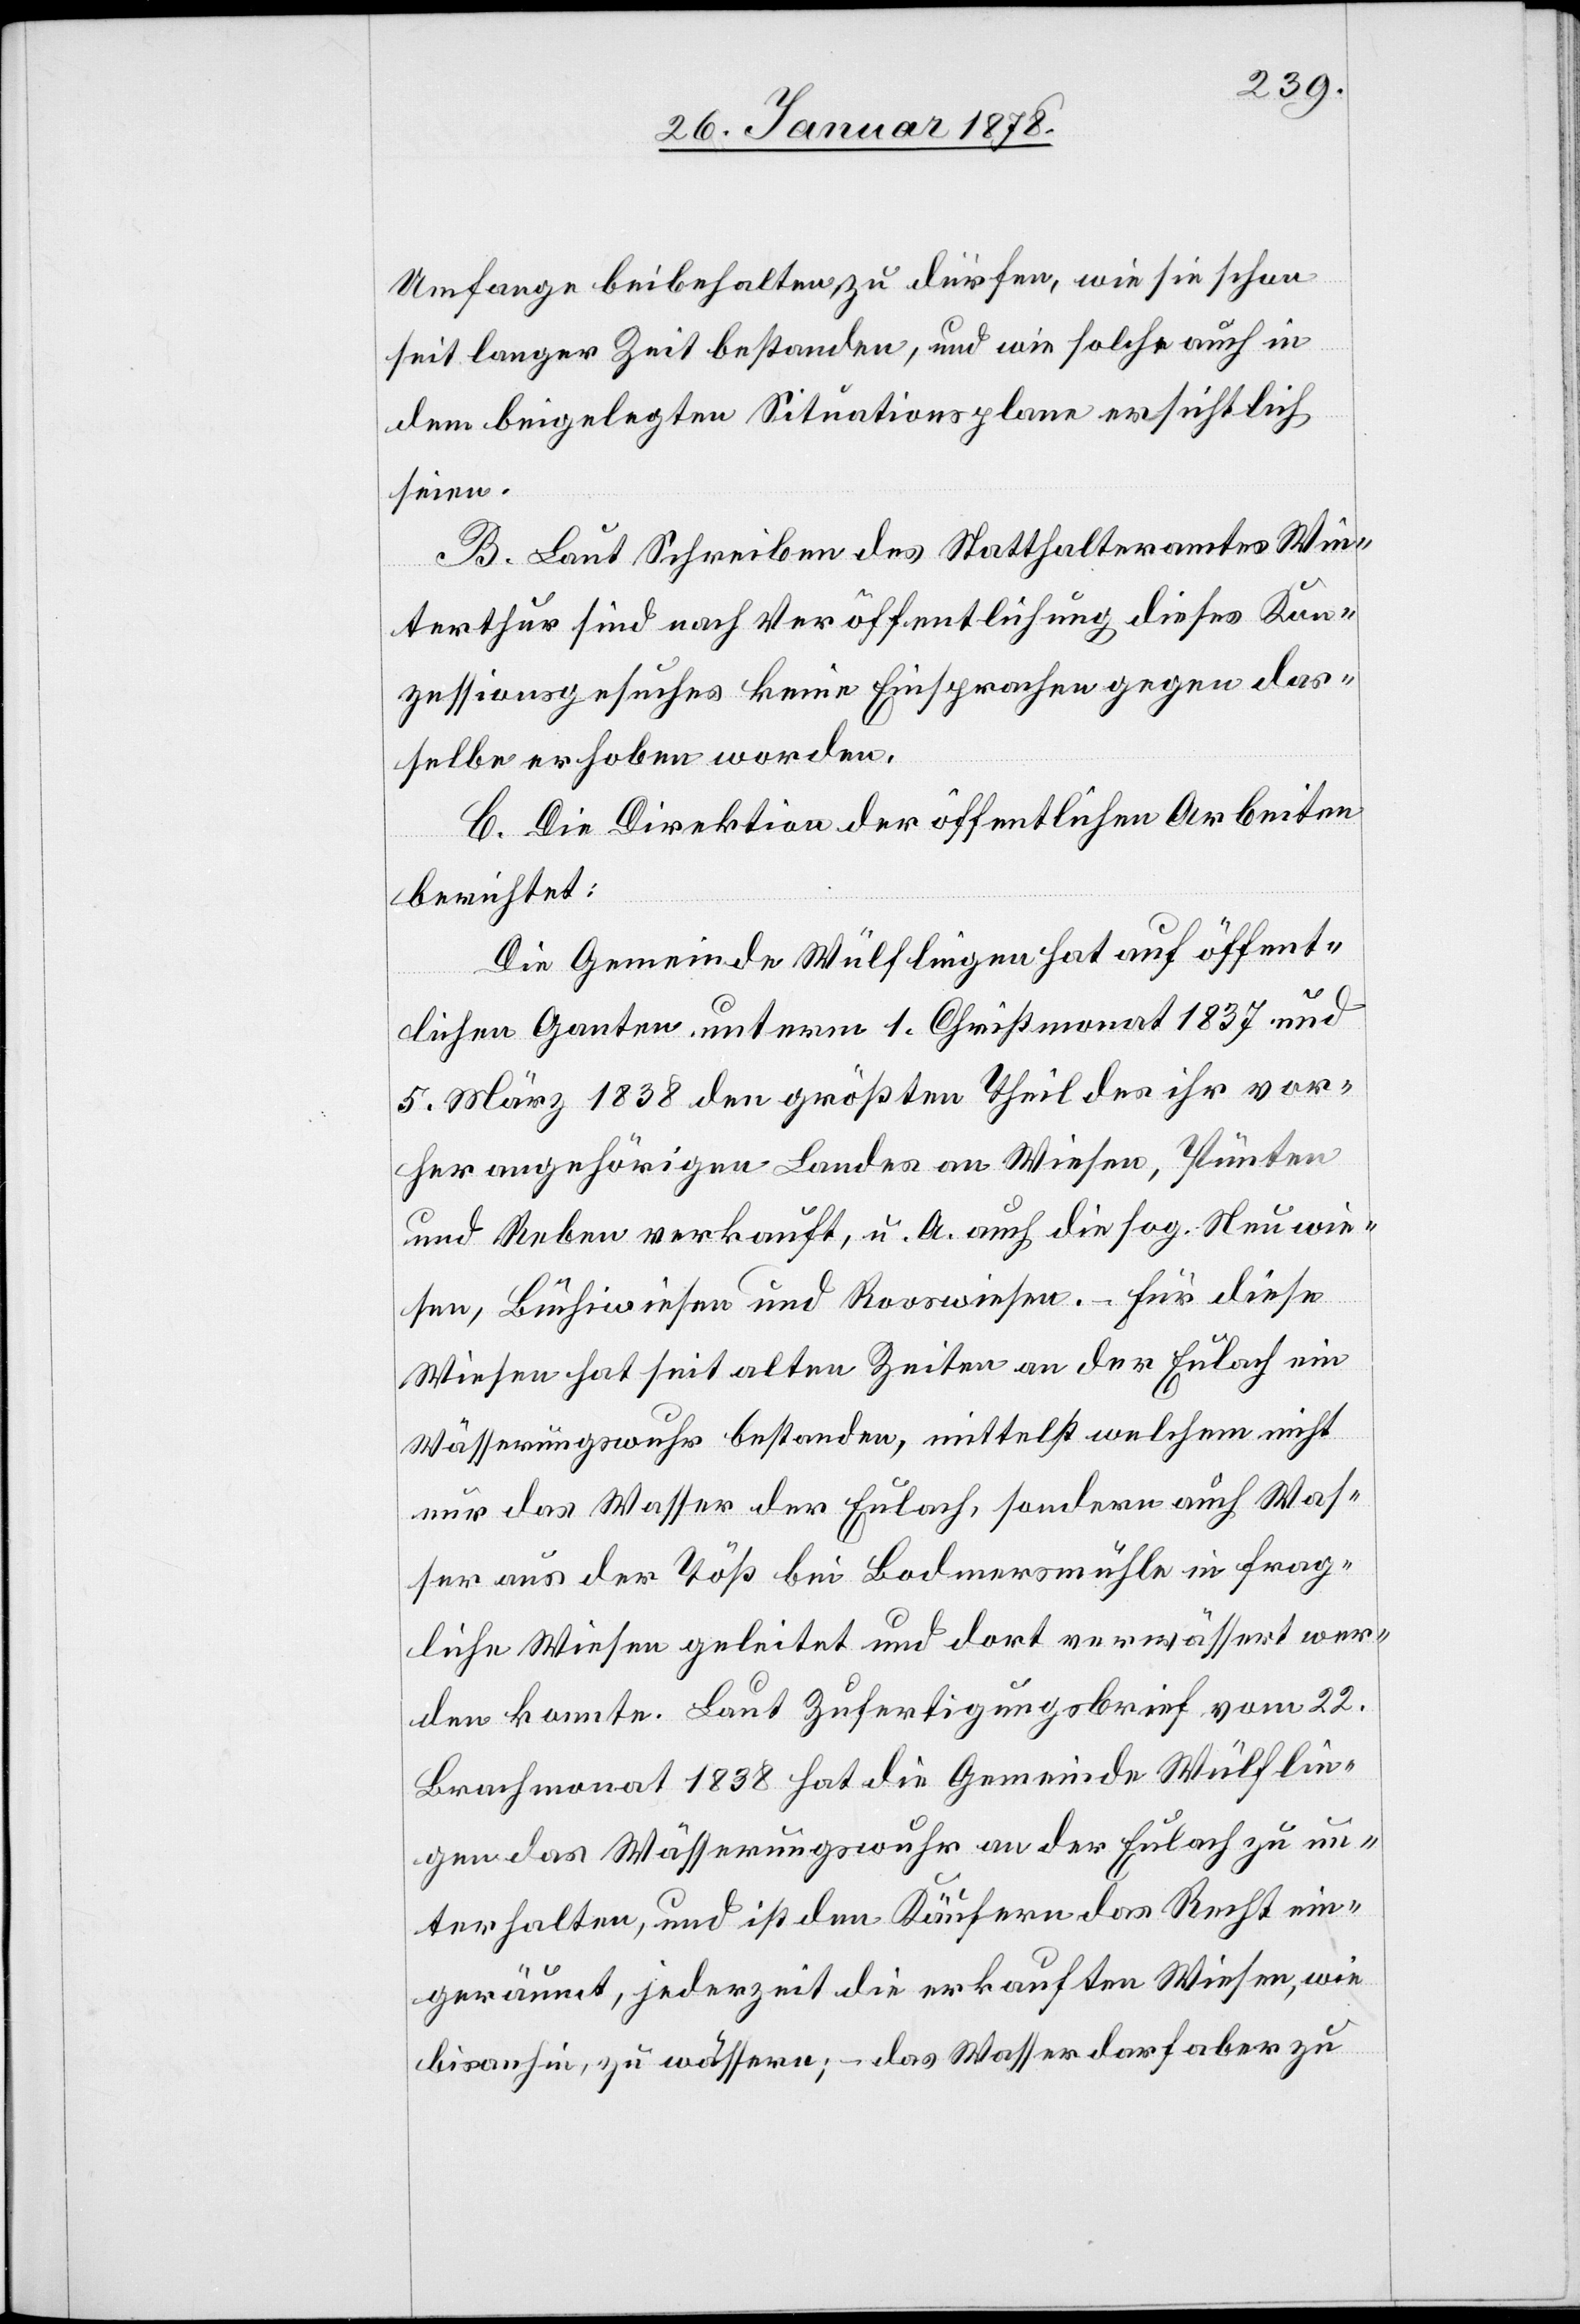
Umfange beibehalten, zu dürfen, wie sie schon
seit langer Zeit bestanden, und wie solche auch in
dem beigelegten Situationsplane ersichtlich
seien.
B. Laut Schreiben des Statthalteramtes Win¬
terthur sind nach Veröffentlichung dieses Kon¬
zessionsgesuches keine Einsprachen gegen das¬
selbe erhoben worden.
C. Die Direktion der öffentlichen Arbeiten
berichtet:
Die Gemeinde Wülflingen hat auf öffent¬
lichen Ganten unterm 1. Christmonat 1837 und
5. März 1838 den größten Theil des ihr vor¬
her angehörigen Landes an Wiesen, Pünten
und Reben verkauft, u. A. auch die sog. Neuwie¬
sen, Buchwiesen und Rooswiesen. – Für diese
Wiesen hat seit alten Zeiten an der Eulach ein
Wässerungswuhr bestanden, mittelst welchem nicht
nur das Wasser der Eulach, sondern auch Was¬
ser aus der Töß bei Bodmermühle in frag¬
liche Wiesen geleitet und dort verwässert wer¬
den konnte. Laut Zufertigungsbrief vom 22.
Brachmonat 1838 hat die Gemeinde Wülflin¬
gen das Wässerungswuhr an der Eulach zu un¬
terhalten, und ist den Käufern das Recht ein¬
geräumt, jederzeit die erkauften Wiesen, wie
bisanhin, zu wässern; – das Wasser darf aber zu